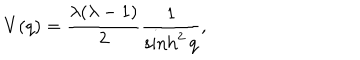
LaTeX: V ( q ) = \frac { \lambda ( \lambda - 1 ) } { 2 } \frac { 1 } { \sinh ^ { 2 } q } ,